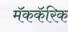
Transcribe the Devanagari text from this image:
मॅककॅरिक